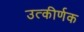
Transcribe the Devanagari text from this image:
उत्कीर्णक